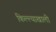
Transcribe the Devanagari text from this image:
किल्ल्याखाली